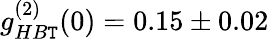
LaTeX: g_{HB\mathtt{T}}^{(2)}(0)=0.15\pm0.02